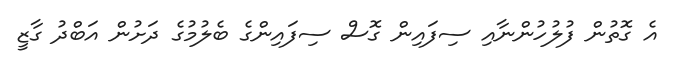
އެ ގޮތުން ފުލުހުންނާއި ސިފައިން ގޮސް ސިފައިންގެ ބެލުމުގެ ދަށުން އަބްދު ގާޒީ